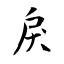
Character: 戾